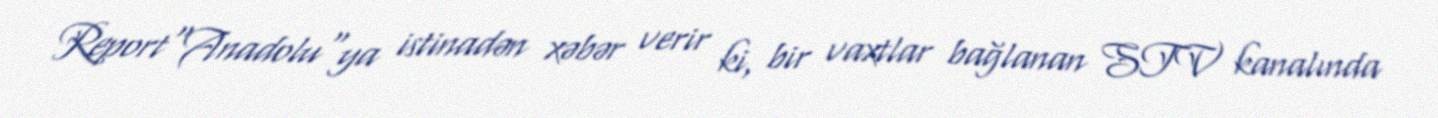
Report"Anadolu"ya istinadən xəbər verir ki, bir vaxtlar bağlanan STV kanalında